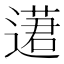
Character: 𨖗